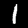
Digit: 1